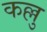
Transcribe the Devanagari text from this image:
कल्लु